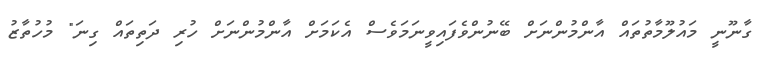
ގާނޫނީ މައުލޫމާތުތައް އާންމުންނަށް ބޭނުންވެފައިވީނަމަވެސް އެކަމަށް އާންމުންނަށް ހުރި ދަތިތައް ގިނަ" މުހުތާޒު